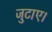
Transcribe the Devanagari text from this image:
जुटाए।